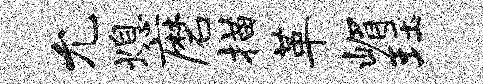
允熄磨描革嵋珏